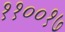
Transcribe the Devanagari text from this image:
११००१७